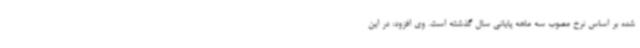
شده بر اساس نرخ مصوب سه ماهه پایانی سال گذشته است. وی افزود: در این